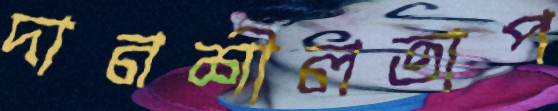
দানশীলতাপ